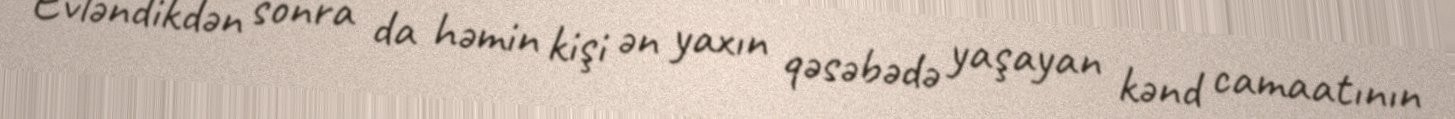
Evləndikdən sonra da həmin kişi ən yaxın qəsəbədə yaşayan kənd camaatının